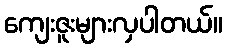
ကျေးဇူးများလှပါတယ်။